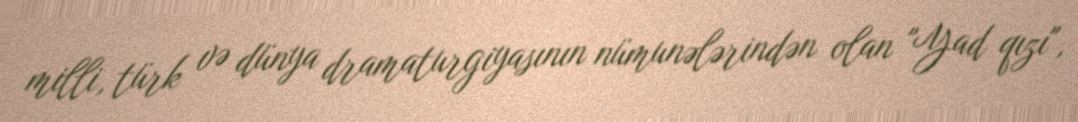
milli, türk və dünya dramaturgiyasının nümunələrindən olan "Yad qızı",